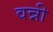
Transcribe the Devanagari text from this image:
वन्नी